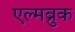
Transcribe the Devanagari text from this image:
एल्मब्रुक